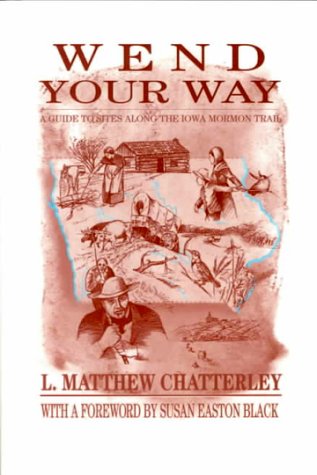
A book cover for Wend Your Way: Ia Mormon Trail-00; L. Matthew Chatterley; Travel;